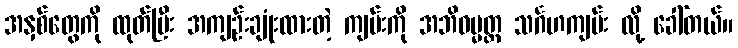
အနှစ်တွေကို ထုတ်ပြီး အကျဉ်းချုံးထားတဲ့ ကျမ်းကို အဘိဓမ္မတ္ထ သင်္ဂဟကျမ်း လို့ ခေါ်တယ်။